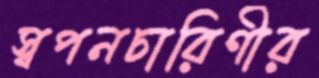
স্বপনচারিণীর